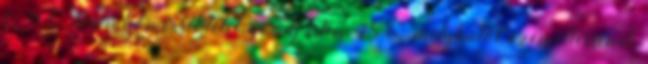
0 5C° teremhőmérsékletet, ne adj isten -18C° mélyhűtőt üzemeltessenek